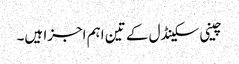
چینی سکینڈل کے تین اہم اجزا ہیں۔